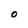
Character: O